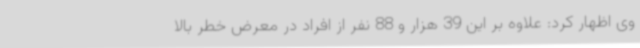
وی اظهار کرد: علاوه بر این 39 هزار و 88 نفر از افراد در معرض خطر بالا